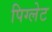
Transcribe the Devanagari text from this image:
पिग्लेट